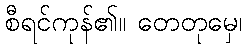
စီရင်ကုန်၏။ တေတုမှေ၊